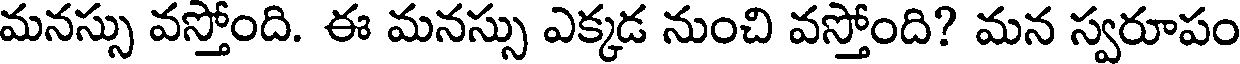
మనస్సు వస్తోంది. ఈ మనస్సు ఎక్కడ నుంచి వస్తోంది? మన స్వరూపం